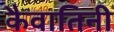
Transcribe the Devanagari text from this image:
कैवातिनी